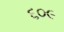
૬૦૯